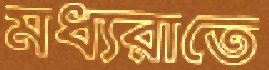
মধ্যরাতে